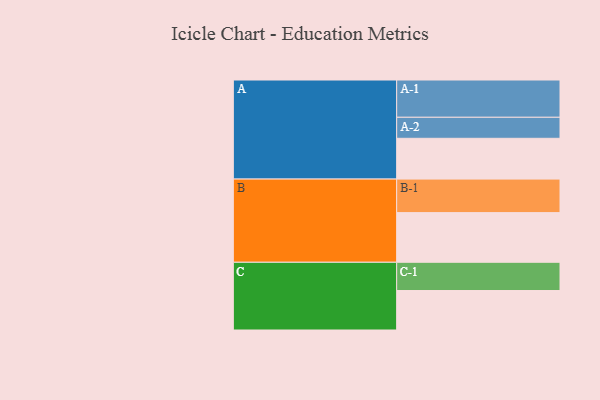
{"axis": {"x": "Segment", "y": "Value"}, "legend": ["", "A", "B", "C"], "data": [{"x": "A", "y": 316, "type": ""}, {"x": "B", "y": 385, "type": ""}, {"x": "C", "y": 306, "type": ""}, {"x": "A-1", "y": 289, "type": "A"}, {"x": "A-2", "y": 163, "type": "A"}, {"x": "B-1", "y": 260, "type": "B"}, {"x": "C-1", "y": 219, "type": "C"}]}